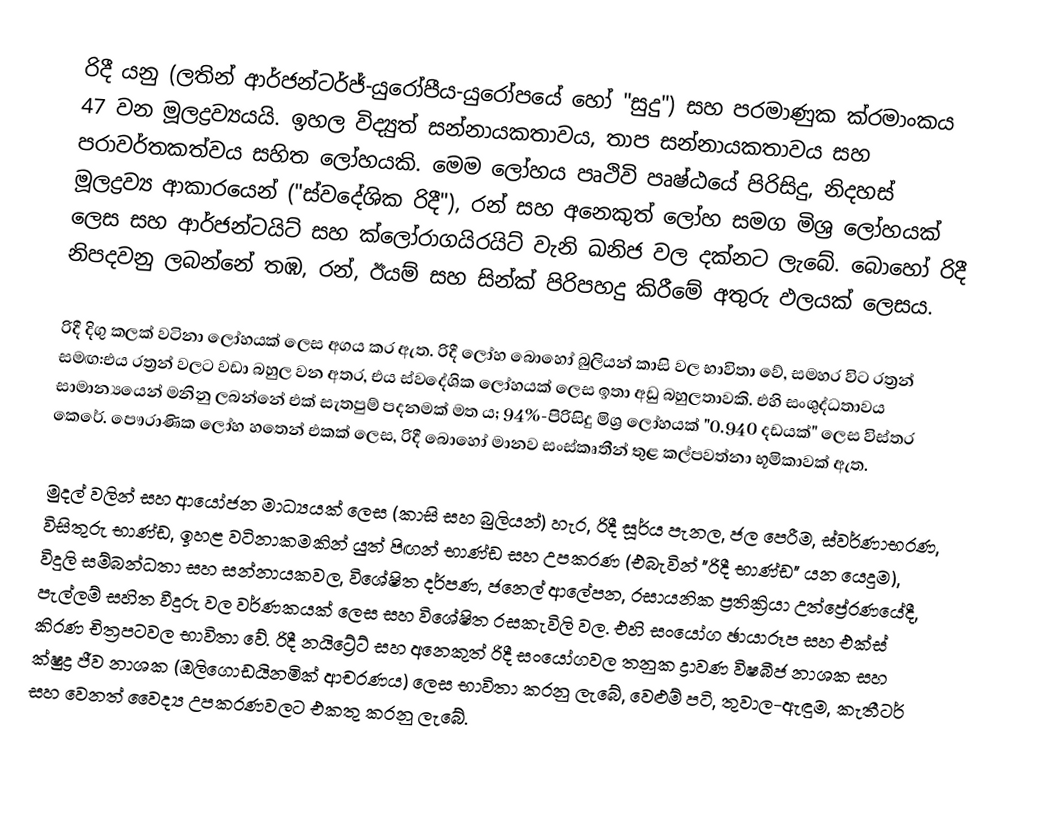
රිදී යනු (ලතින් ආර්ජන්ටර්ජ්-යුරෝපීය-යුරෝපයේ හෝ "සුදු") සහ පරමාණුක ක්රමාංකය 47 වන මූලද්‍රව්‍යයයි.  ඉහල විද්‍යුත් සන්නායකතාවය, තාප සන්නායකතාවය සහ පරාවර්තකත්වය සහිත ලෝහයකි.  මෙම ලෝහය පෘථිවි පෘෂ්ඨයේ පිරිසිදු, නිදහස් මූලද්‍රව්‍ය ආකාරයෙන් ("ස්වදේශික රිදී"), රන් සහ අනෙකුත් ලෝහ සමග මිශ්‍ර ලෝහයක් ලෙස සහ ආර්ජන්ටයිට් සහ ක්ලෝරාගයිරයිට් වැනි ඛනිජ වල දක්නට ලැබේ.  බොහෝ රිදී නිපදවනු ලබන්නේ තඹ, රන්, ඊයම් සහ සින්ක් පිරිපහදු කිරීමේ අතුරු ඵලයක් ලෙසය.

රිදී දිගු කලක් වටිනා ලෝහයක් ලෙස අගය කර ඇත.  රිදී ලෝහ බොහෝ බුලියන් කාසි වල භාවිතා වේ, සමහර විට රත්‍රන් සමඟ:එය රත්‍රන් වලට වඩා බහුල වන අතර, එය ස්වදේශික ලෝහයක් ලෙස ඉතා අඩු බහුලතාවකි. එහි සංශුද්ධතාවය සාමාන්‍යයෙන් මනිනු ලබන්නේ එක් සැතපුම් පදනමක් මත ය;  94%-පිරිසිදු මිශ්‍ර ලෝහයක් "0.940 දඩයක්" ලෙස විස්තර කෙරේ.  පෞරාණික ලෝහ හතෙන් එකක් ලෙස, රිදී බොහෝ මානව සංස්කෘතීන් තුළ කල්පවත්නා භූමිකාවක් ඇත.

මුදල් වලින් සහ ආයෝජන මාධ්‍යයක් ලෙස (කාසි සහ බුලියන්) හැර, රිදී සූර්ය පැනල, ජල පෙරීම, ස්වර්ණාභරණ, විසිතුරු භාණ්ඩ, ඉහළ වටිනාකමකින් යුත් පිඟන් භාණ්ඩ සහ උපකරණ (එබැවින් "රිදී භාණ්ඩ" යන යෙදුම), විදුලි සම්බන්ධතා සහ සන්නායකවල,  විශේෂිත දර්පණ, ජනෙල් ආලේපන, රසායනික ප්‍රතික්‍රියා උත්ප්‍රේරණයේදී, පැල්ලම් සහිත වීදුරු වල වර්ණකයක් ලෙස සහ විශේෂිත රසකැවිලි වල.  එහි සංයෝග ඡායාරූප සහ එක්ස් කිරණ චිත්‍රපටවල භාවිතා වේ.  රිදී නයිට්‍රේට් සහ අනෙකුත් රිදී සංයෝගවල තනුක ද්‍රාවණ විෂබීජ නාශක සහ ක්ෂුද්‍ර ජීව නාශක (ඔලිගොඩයිනමික් ආචරණය) ලෙස භාවිතා කරනු ලැබේ, වෙළුම් පටි, තුවාල-ඇඳුම, කැතීටර් සහ වෙනත් වෛද්‍ය උපකරණවලට එකතු කරනු ලැබේ.